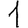
Digit: 1